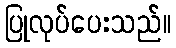
ပြုလုပ်ပေးသည်။